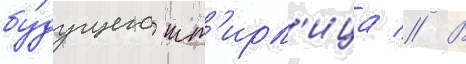
бу́дущего шт'ирл'ица // В